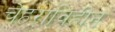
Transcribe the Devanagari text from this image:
चेहराविहीन